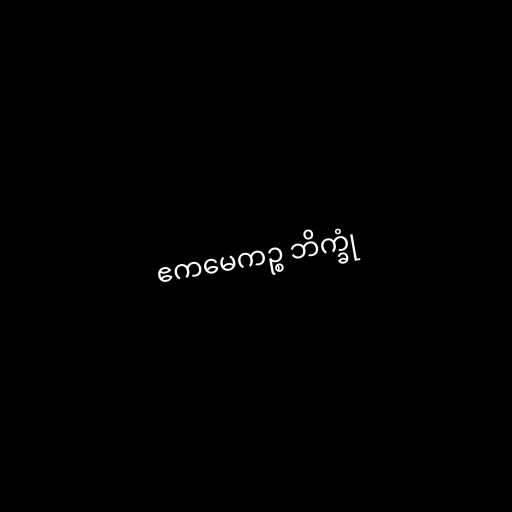
ဧကမေကဉ္စ ဘိက္ခုံ